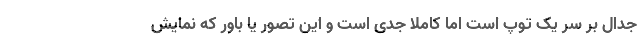
جدال بر سر یک توپ است اما کاملا جدی است و این تصور یا باور که نمایش